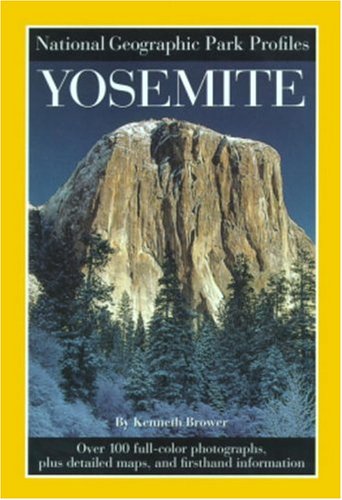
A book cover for Park Profiles: Yosemite; National Geographic Society; Travel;